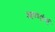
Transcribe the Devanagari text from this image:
अण्णांचं